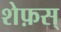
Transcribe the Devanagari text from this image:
शेफ़स्